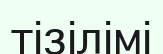
тізілімі